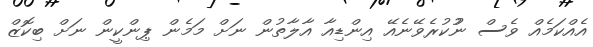
އެއްކަމެއް ވެސް ނުުކުރެވޭނެއޭ އިންޑިއާ އާލާތުން ނަށް މަމެން ޕިންކީން ނަށް ބިކޮޒް